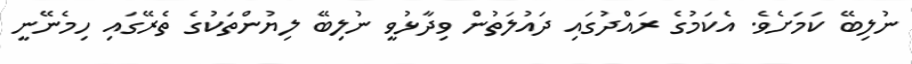
ނުލިބޭ ކަމަށެވެ. އެކަމުގެ ރައްދުގައި ދައުލަތުން ވިދާޅުވީ ނުލިބޭ ލިޔުންތަކުގެ ތެރޭގައި ހިމެނޭނީ